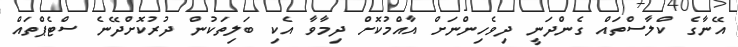
އޭނާގެ ކްލާސްތައް ގެންދަނީ ދިވެހިންނަށް އާއްމުކޮށް ދިމާވާ އެކި ބަލިތަކުން ދުރުކޮށްދޭނެ ސްޓެޕްތައް